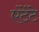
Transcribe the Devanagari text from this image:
एंटेंटे